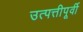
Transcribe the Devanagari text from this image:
उत्पत्तीपूर्वी